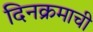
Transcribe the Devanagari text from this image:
दिनक्रमाची